Civil Veterinary Dept. Assam report 1911-1927 - 1911-1927
Year: 1911
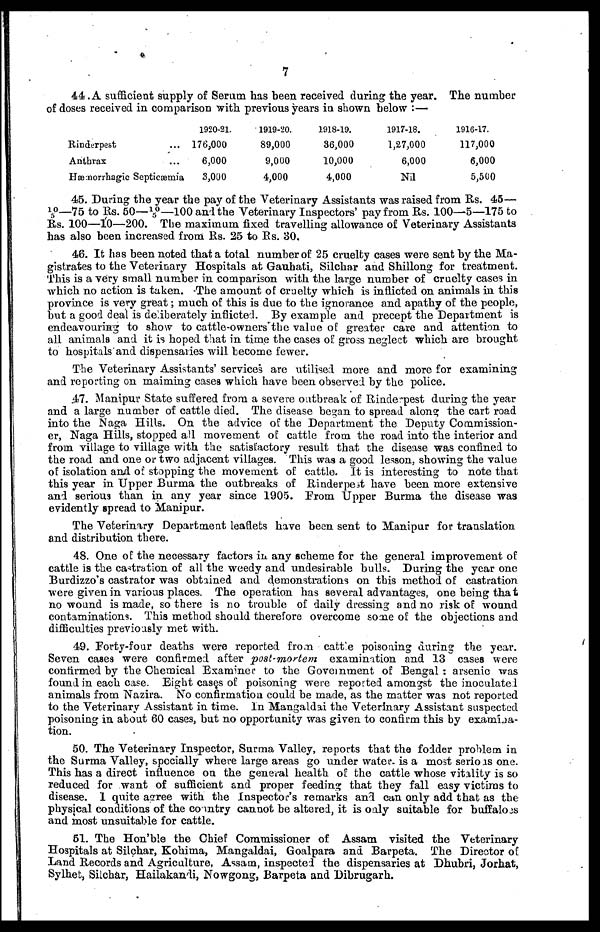
7
44 .A sufficient supply of Serum has been received during the year. The number
of doses received in comparison with previous years in shown below :—
Rinderpest
Anthrax
Hærnorrhagic Septicæmia
1920-21.
176,000
6,000
3,000
1919-20.
89,000
9,000
4,000
1918-19.
36,000
10,000
4,000
1917-18.
1,27,000
6,000
Nil
1916-17.
117,000
6,000
5,500
45. During the year the pay of the Veterinary Assistants was raised from Rs. 45—
10/5—75 to Rs. 50—10/5—100 and the Veterinary Inspectors' pay from Rs. 100—5—175 to
Rs. 100—10—200. The maximum fixed travelling allowance of Veterinary Assistants
has also been increased from Rs. 25 to Rs. 30.
46. It has been noted that a total number of 25 cruelty cases were sent by the Ma-
gistrates to the Veterinary Hospitals at Gauhati, Silchar and Shillong for treatment.
This is a very small number in comparison with the large number of cruelty cases in
which no action is taken. The amount of cruelty which is inflicted on animals in this
province is very great; much of this is due to the ignorance and apathy of the people,
but a good deal is deliberately inflicted. By example and precept the Department is
endeavouring to show to cattle-owners the value of greater care and attention to
all animals and it is hoped that in time the cases of gross neglect which are brought
to hospitals and dispensaries will become fewer.
The Veterinary Assistants' services are utilised more and more for examining
and reporting on maiming case9 which have been observed by the police.
47. Manipur State suffered from a severe outbreak of Rinderpest during the year
and a large number of cattle died. The disease began to spread along the cart road
into the Naga Hills. On the advice of the Department the Deputy Commission-
er, Naga Hills, stopped all movement of cattle from the road into the interior and
from village to village with the satisfactory result that the disease was confined to
the road and one or two adjacent villages. This was a good lesson, showing the value
of isolation and of stopping the movement of cattle. It is interesting to note that
this year in Upper Burma the outbreaks of Rinderpest have been more extensive
and serious than in any year since 1905. From Upper Burma the disease was
evidently spread to Manipur.
The Veterinary Department leaflets have been sent to Manipur for translation
and distribution there.
48. One of the necessary factors in any scheme for the general improvement of
cattle is the castration of all the weedy and undesirable bulls. During the year one
Burdizzo's castrator was obtained and demonstrations on this method of castration
were given in various places. The operation has several advantages, one being that
no wound is made, so there is no trouble of daily dressing and no risk of wound
contaminations. This method should therefore overcome some of the objections and
difficulties previously met with.
49. Forty-four deaths were reported from cattle poisoning during the year.
Seven cases were confirmed after post-mortem examination and 13 cases were
confirmed by the Chemical Examiner to the Government of Bengal : arsenic was
found in each case. Eight casss of poisoning were reported amongst the inoculated
animals from Nazira. No confirmation could be made, as the matter was not reported
to the Veterinary Assistant in time. In Mangaldai the Veterinary Assistant suspected
poisoning in about 60 cases, but no opportunity was given to confirm this by examina-
tion.
50. The Veterinary Inspector, Surma Valley, reports that the fodder problem in
the Surma Valley, specially where large areas go under water- is a most serious one.
This has a direct influence on the general health of the cattle whose vitality is so
reduced for want of sufficient and proper feeding that they fall easy victims to
disease. 1 quite agree with the Inspector's remarks and can only add that as the
physical conditions of the country cannot be altered, it is only suitable for buffaloes
and most unsuitable for cattle.
51. The Hon'ble the Chief Commissioner of Assam visited the Veterinary
Hospitals at Silchar, Kohima, Mangaldai, Goalpara and Barpeta. The Director of
Land Records and Agriculture, Assam, inspected the dispensaries at Dhubri, Jorhat,
Sylhet, Silchar, Hailakandi, Nowgong, Barpeta and Dibrugarh.